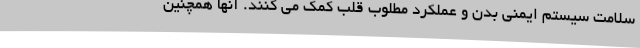
سلامت سیستم ایمنی بدن و عملکرد مطلوب قلب کمک می کنند. آنها همچنین